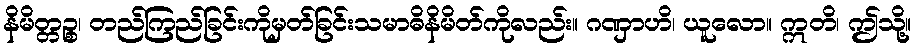
နိမိတ္တဉ္စ၊ တည်ကြည်ခြင်းကိုမှတ်ခြင်းသမာဓိနိမိတ်ကိုလည်း။ ဂဏှာဟိ၊ ယူလော။ ဣတိ၊ ဤသို့။